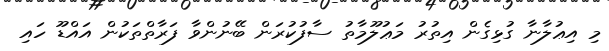
މި އިޢުލާނާ ގުޅިގެން އިތުރު މަޢުލޫމާތު ސާފުކުރަން ބޭނުންވާ ފަރާތްތަކުން އައްޑޫ ހައި